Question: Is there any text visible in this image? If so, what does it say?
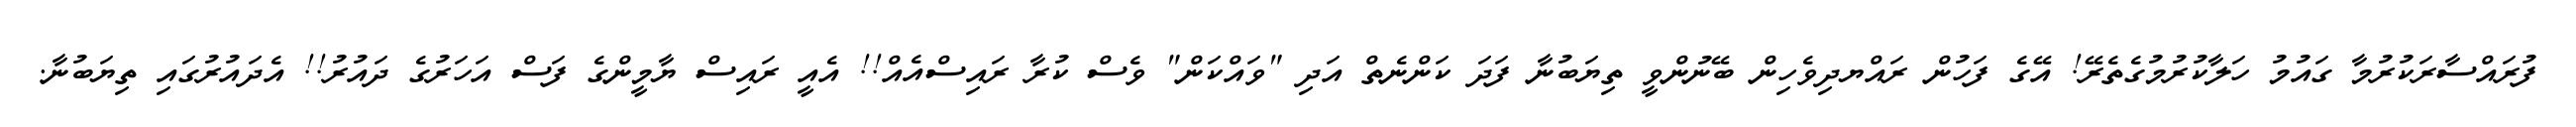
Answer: ފުރައްސާރަކުރުމާ ގައުމު ހަލާކުރުމުގެތެރޭ! އޭގެ ފަހުން ރައްޔދިވެހިން ބޭނުންވީ ތިޔަބުނާ ފަދަ ކަންނެތް އަދި "ވައްކަން" ވެސް ކުރާ ރައިސްއެއް!! އެއީ ރައިސް ޔާމީންގެ ފަސް އަހަރުގެ ދައުރު!! އެދައުރުގައި ތިޔަބުނާ.